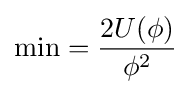
\min ={\frac {2U(\phi )}{\phi ^{2}}}